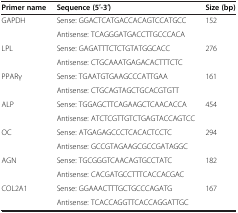
| Primer name | Sequence (5′-3′) | Size (bp) |
 | --- | --- | --- |
 | GAPDH | Sense: GGACTCATGACCACAGTCCATGCC | 152 |
 |  | Antisense: TCAGGGATGACCTTGCCCACA |  |
 | LPL | Sense: GAGATTTCTCTGTATGGCACC | 276 |
 |  | Antisense: CTGCAAATGAGACACTTTCTC |  |
 | PPARγ | Sense: TGAATGTGAAGCCCATTGAA | 161 |
 |  | Antisense: CTGCAGTAGCTGCACGTGTT |  |
 | ALP | Sense: TGGAGCTTCAGAAGCTCAACACCA | 454 |
 |  | Antisense: ATCTCGTTGTCTGAGTACCAGTCC |  |
 | OC | Sense: ATGAGAGCCCTCACACTCCTC | 294 |
 |  | Antisense: GCCGTAGAAGCGCCGATAGGC |  |
 | AGN | Sense: TGCGGGTCAACAGTGCCTATC | 182 |
 |  | Antisense: CACGATGCCTTTCACCACGAC |  |
 | COL2A1 | Sense: GGAAACTTTGCTGCCCAGATG | 167 |
 |  | Antisense: TCACCAGGTTCACCAGGATTGC |  |